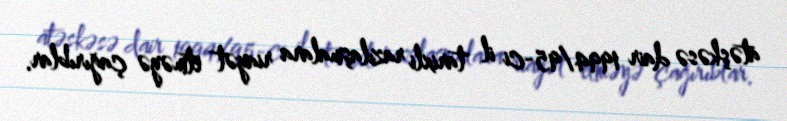
atəşkəsə dair 1994/95-ci il tarixli razılaşmalara riayət etməyə çağırıblar.